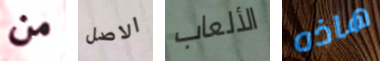
من الاصل الألعاب هاذه